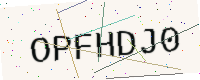
Text: OPFHDJ0